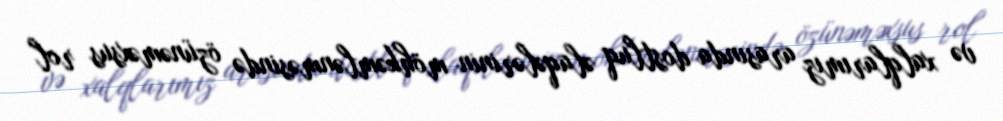
və xalqlarımız arasında dostluq əlaqələrinin möhkəmlənməsində özünəməxsus rol